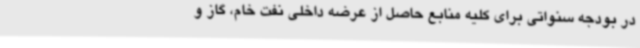
در بودجه سنواتی برای کلیه منابع حاصل از عرضه داخلی نفت خام، گاز و